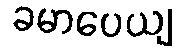
ခမာပေယျ